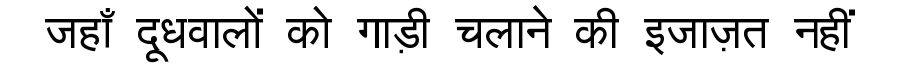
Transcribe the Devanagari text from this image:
जहाँ दूधवालों को गाड़ी चलाने की इजाज़त नहीं